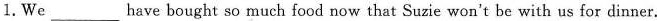
1.We ___ have bought so much food now that Suzie won't be with us for dinner.